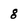
Character: 8